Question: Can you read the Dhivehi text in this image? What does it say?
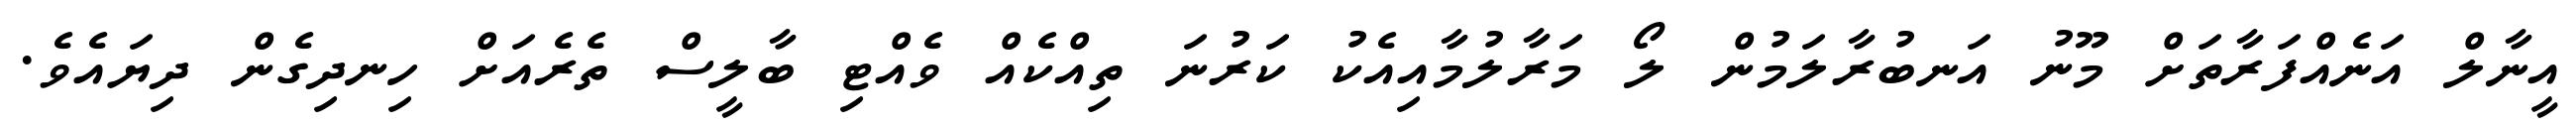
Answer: އީނާލް އަނެއްފަރާތަށް މޫނު އަނބުރާލަމުން ލޯ މަރާލުމާއިއެކު ކަރުނަ ތިއްކެއް ވެއްޓި ބާލީސް ތެރެއަށް ހިނދިގެން ދިޔައެވެ.